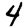
Digit: 4